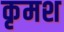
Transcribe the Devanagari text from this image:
कृमश